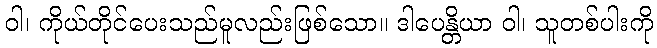
ဝါ၊ ကိုယ်တိုင်ပေးသည်မူလည်းဖြစ်သော။ ဒါပေန္တိယာ ဝါ၊ သူတစ်ပါးကို